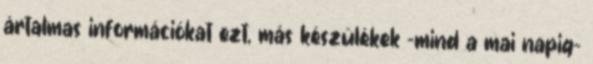
ártalmas információkat ezt, más készülékek -mind a mai napig-